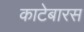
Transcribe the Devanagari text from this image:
काटेबारस